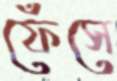
ফেঁসে